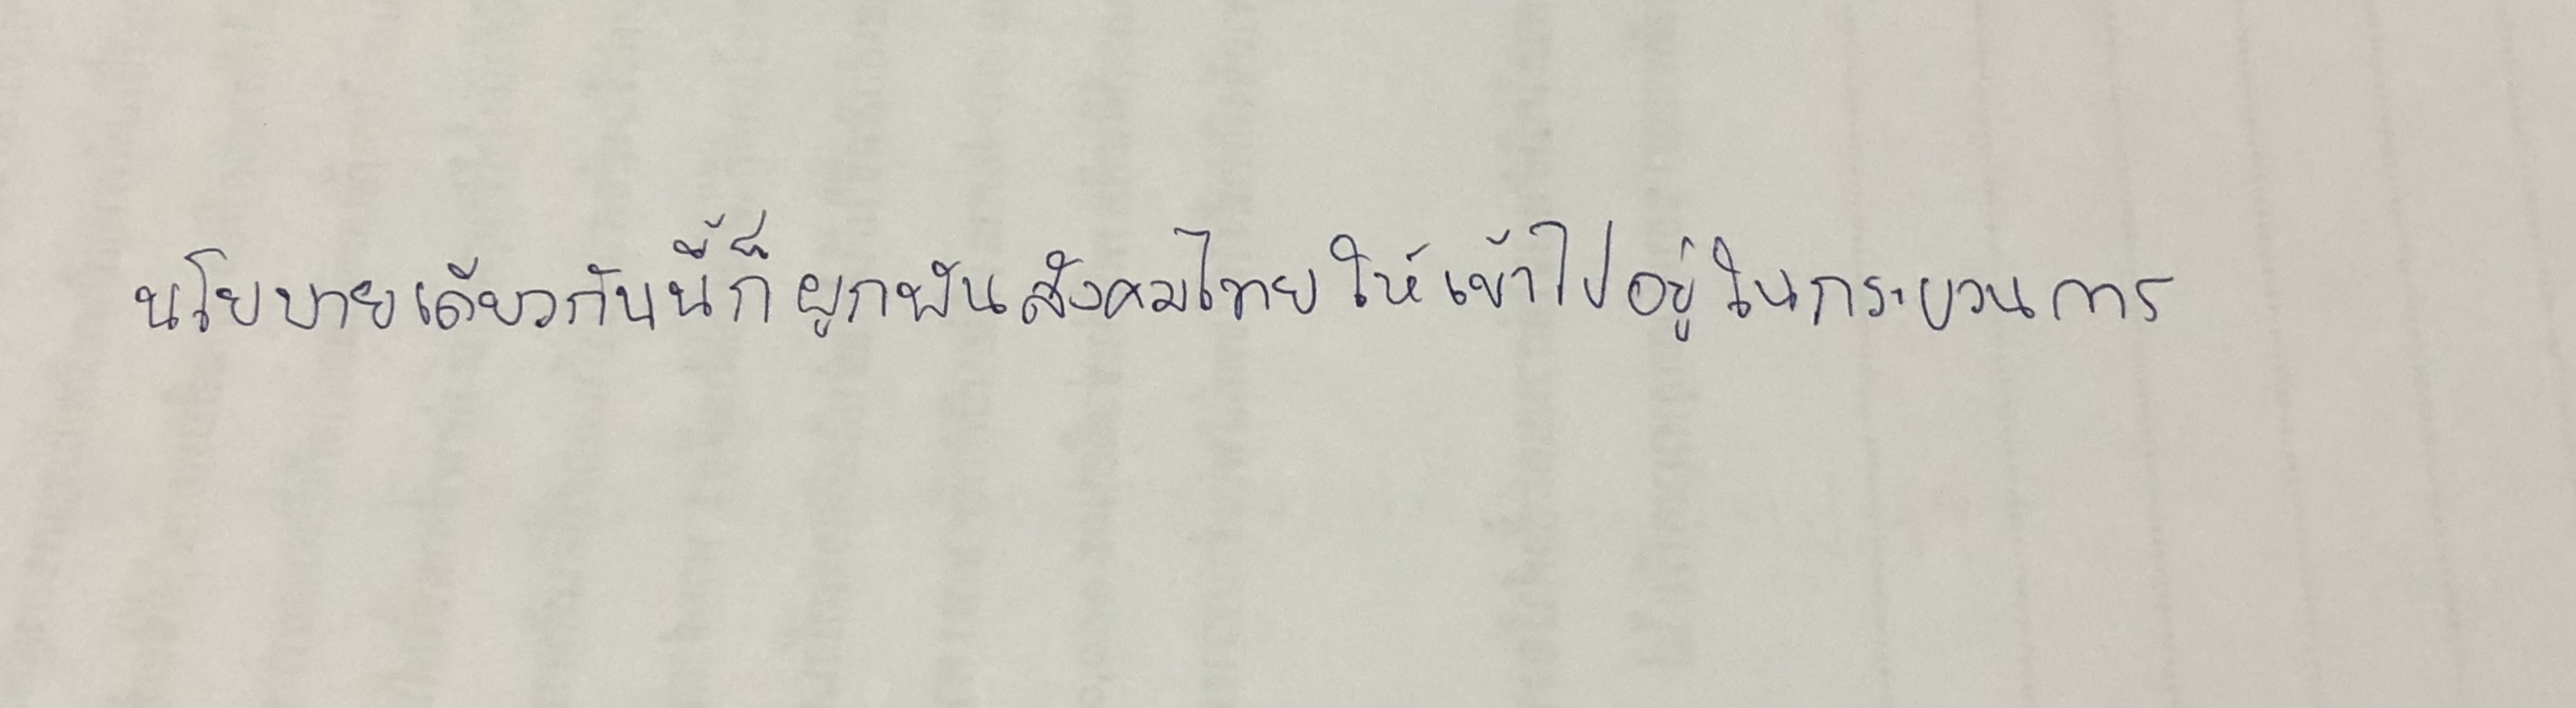
นโยบายเดียวกันนี้ก็ผูกพันสังคมไทยให้เข้าไปอยู่ในกระบวนการ